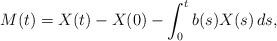
LaTeX: \begin{align*}M(t) = X(t) - X(0) - \int_0^t b(s)X(s)\,ds, \end{align*}